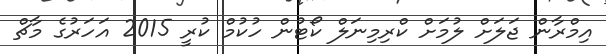
އިމްރާން ޖަލަށް ލުމަށް ކްރިމިނަލް ކޯޓުން ހުކުމް ކުރީ 2015 އަހަރުގެ މާޗް